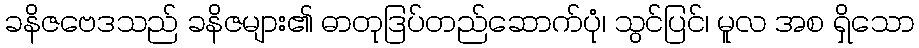
ခနိဇဗေဒသည် ခနိဇများ၏ ဓာတုဒြပ်တည်ဆောက်ပုံ၊ သွင်ပြင်၊ မူလ အစ ရှိသော